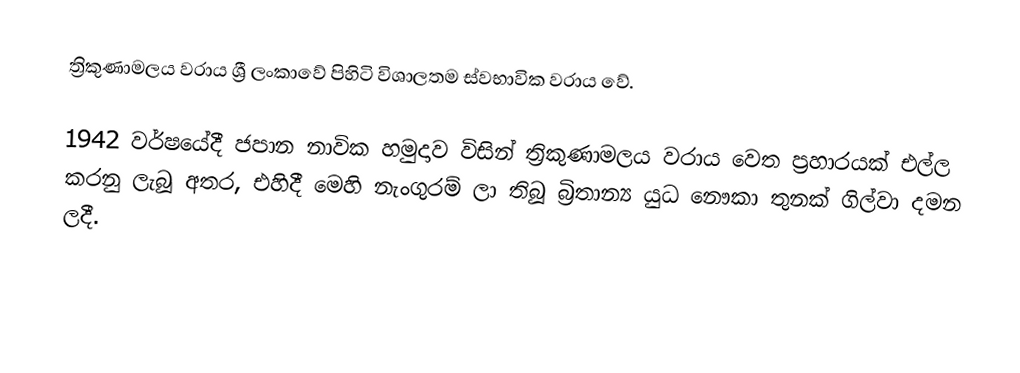
ත්‍රිකුණාමලය වරාය ශ්‍රී ලංකාවේ පිහිටි විශාලතම ස්වභාවික වරාය වේ.

1942 වර්ෂයේදී ජපාන නාවික හමුදාව විසින් ත්‍රිකුණාමලය වරාය වෙත ප්‍රහාරයක් එල්ල කරනු ලැබූ අතර, එහිදී මෙහි නැංගුරම් ලා තිබූ බ්‍රිතාන්‍ය යුධ නෞකා තුනක් ගිල්වා දමන ලදී.